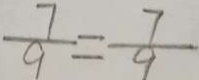
\frac { 7 } { 9 } = \frac { 7 } { 9 }